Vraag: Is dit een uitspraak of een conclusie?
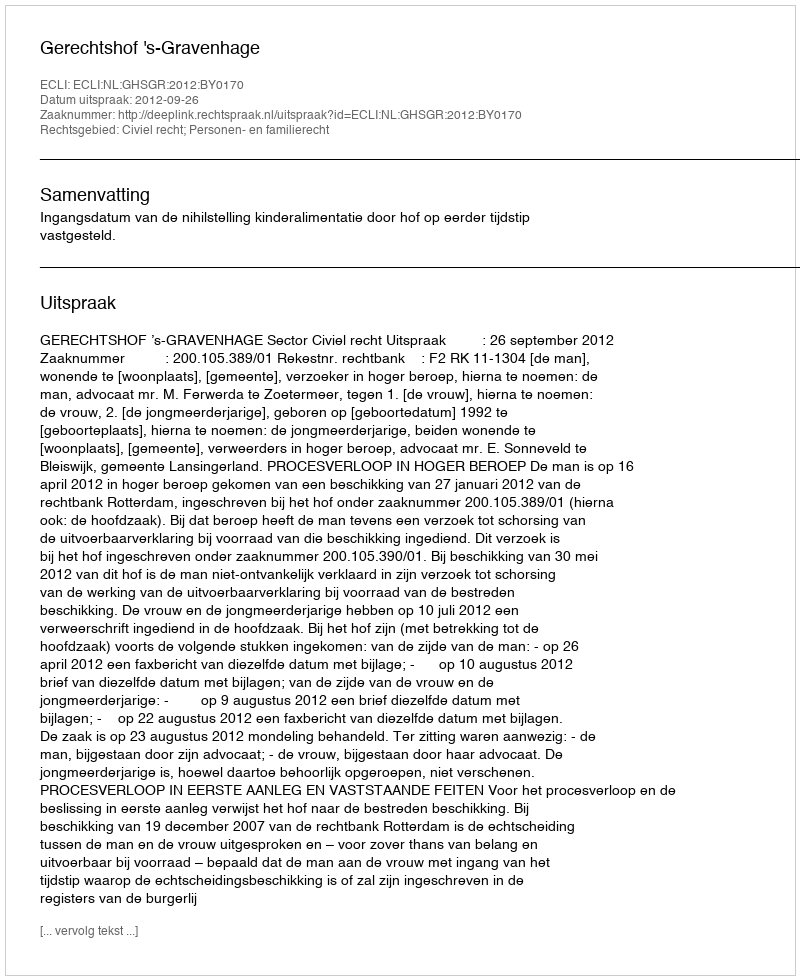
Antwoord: Uitspraak